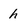
Character: h